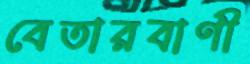
বেতারবাণী